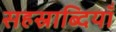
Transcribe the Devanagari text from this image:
सहस्राब्दियाँ